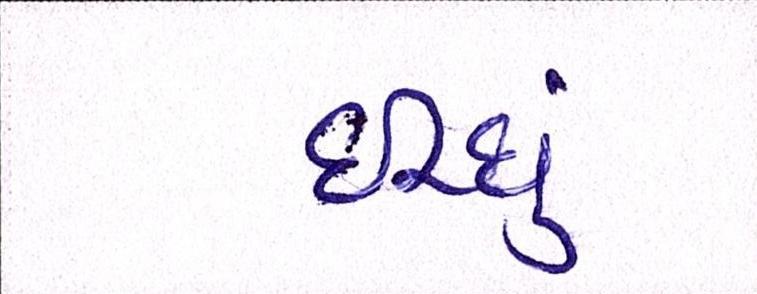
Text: ઈચ્છું